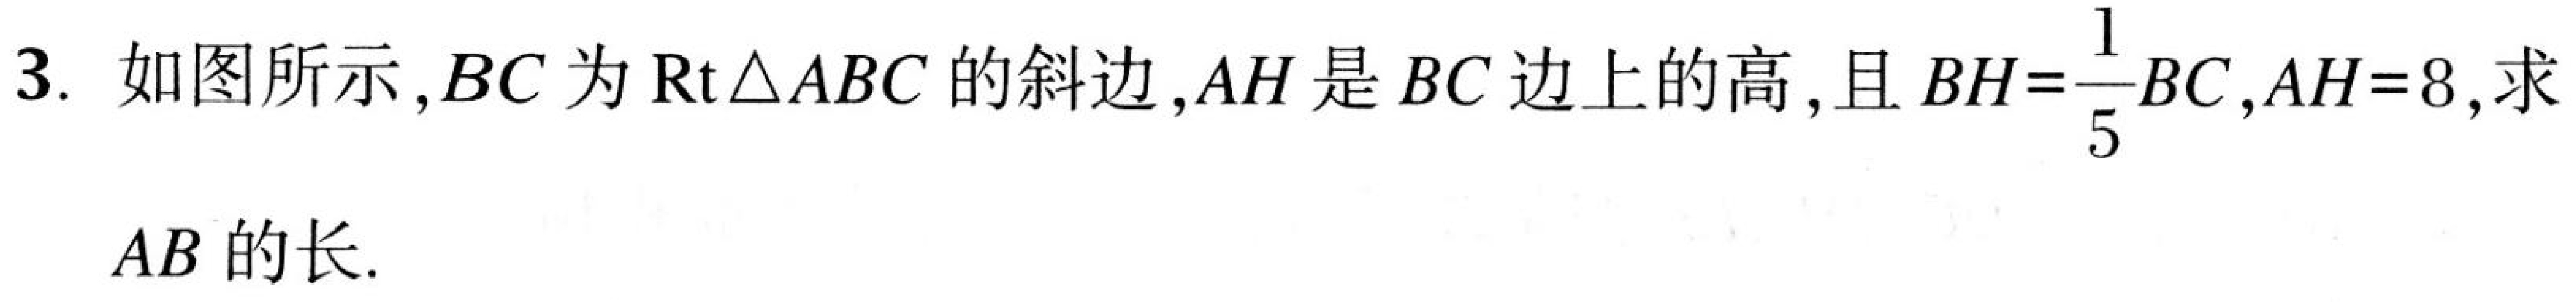
3. 如图所示, \(BC\) 为 \(\mathrm{Rt}\triangle ABC\) 的斜边, \(AH\) 是 \(BC\) 边上的高, 且 \(BH = \dfrac{1}{5}BC\), \(AH = 8\), 求 \(AB\) 的长.